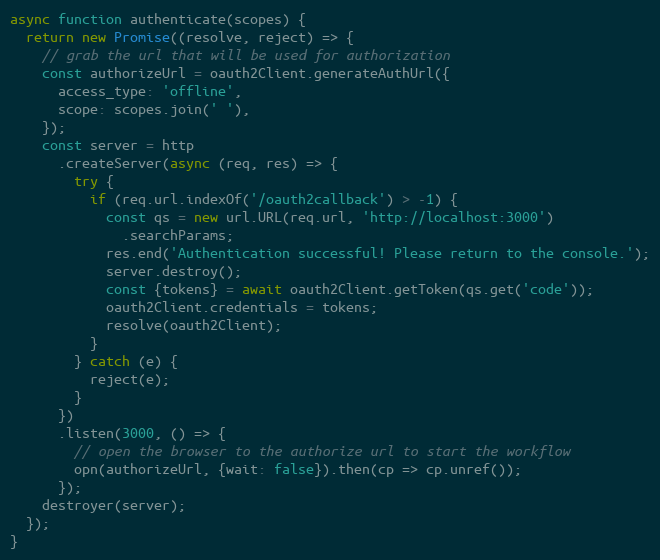
Language: JavaScript
async function authenticate(scopes) {
  return new Promise((resolve, reject) => {
    // grab the url that will be used for authorization
    const authorizeUrl = oauth2Client.generateAuthUrl({
      access_type: 'offline',
      scope: scopes.join(' '),
    });
    const server = http
      .createServer(async (req, res) => {
        try {
          if (req.url.indexOf('/oauth2callback') > -1) {
            const qs = new url.URL(req.url, 'http://localhost:3000')
              .searchParams;
            res.end('Authentication successful! Please return to the console.');
            server.destroy();
            const {tokens} = await oauth2Client.getToken(qs.get('code'));
            oauth2Client.credentials = tokens;
            resolve(oauth2Client);
          }
        } catch (e) {
          reject(e);
        }
      })
      .listen(3000, () => {
        // open the browser to the authorize url to start the workflow
        opn(authorizeUrl, {wait: false}).then(cp => cp.unref());
      });
    destroyer(server);
  });
}